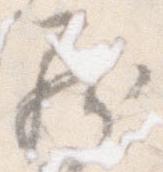
罷